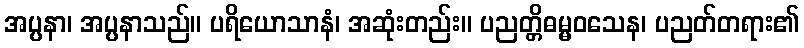
အပ္ပနာ၊ အပ္ပနာသည်။ ပရိယောသာနံ၊ အဆုံးတည်း။ ပညတ္တိဓမ္မဝသေန၊ ပညတ်တရား၏